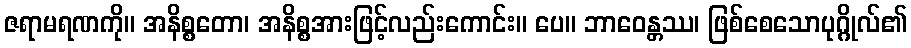
ဇရာမရဏကို။ အနိစ္စတော၊ အနိစ္စအားဖြင့်လည်းကောင်း။ ပေ။ ဘာဝေန္တဿ၊ ဖြစ်စေသောပုဂ္ဂိုလ်၏